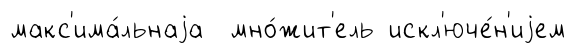
макс'има́льнаjа мно́жит'ель искл'юче́н'иjем